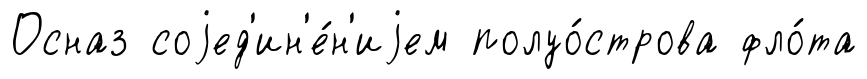
Осназ соjед'ин'е́н'иjем полуо́строва фло́та